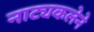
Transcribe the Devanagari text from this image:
नाट्यकलेने